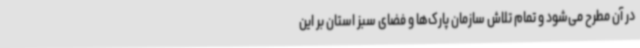
در آن مطرح می‌شود و تمام تلاش سازمان پارک‌ها و فضای سبز استان بر این